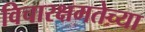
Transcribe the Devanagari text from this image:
विचारक्षमतेच्या